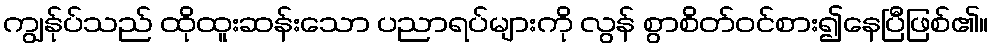
ကျွန်ုပ်သည် ထိုထူးဆန်းသော ပညာရပ်များကို လွန် စွာစိတ်ဝင်စား၍နေပြီဖြစ်၏။